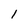
Character: l